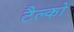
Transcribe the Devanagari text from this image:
टैल्को